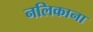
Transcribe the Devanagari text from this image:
नलिकाना